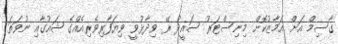
ގާސިމް އަށް އަމާޒުކޮށް މިނިސްޓަރު ސައީދު ރޭ ވިދާޅުވީ ވިޔަފާރިވެރިއެއްގެ ޝައުގާއި ނުވަތަ